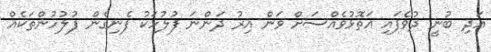
އަދި ބުނީ ދުވެފައި އަތޮޅުވެއްސަށް ވަން އިރު ދަންނަ ފުލުހަކު ފެނިގެން ފުލުހުންތަކެއް